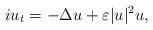
LaTeX: \begin{align*}iu_t=-\Delta u+\varepsilon|u|^2u,\end{align*}